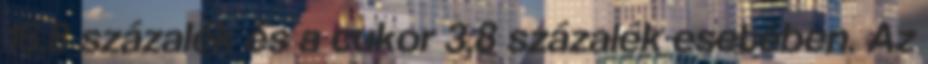
16,8 százalék és a cukor 3,8 százalék esetében. Az